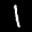
Label: 1